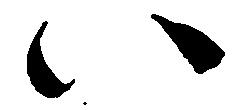
い